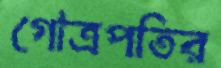
গোত্রপতির